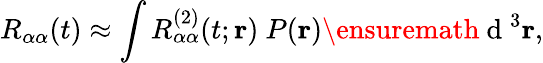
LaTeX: R_{\alpha\alpha}(t)\approx\int R_{\alpha\alpha}^{(2)}(t;{\mathbf r})\ P({\mathbf r})\ensuremath{\mathrm{~d~}}^{3}{\mathbf r},